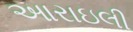
આરાઇલી